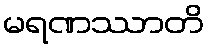
မရဏဿာတိ